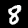
Digit: 8